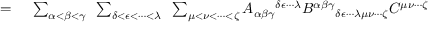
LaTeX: \begin{array} { r l } { = { } } & { { } \sum _ { \alpha < \beta < \gamma } ~ \sum _ { \delta < \epsilon < \cdots < \lambda } ~ \sum _ { \mu < \nu < \cdots < \zeta } A _ { \alpha \beta \gamma } { } ^ { \delta \epsilon \cdots \lambda } B ^ { \alpha \beta \gamma } { } _ { \delta \epsilon \cdots \lambda \mu \nu \cdots \zeta } C ^ { \mu \nu \cdots \zeta } } \end{array}